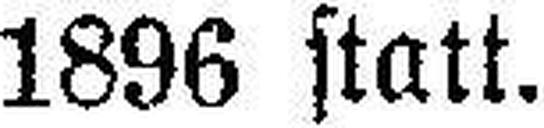
1896 statt.